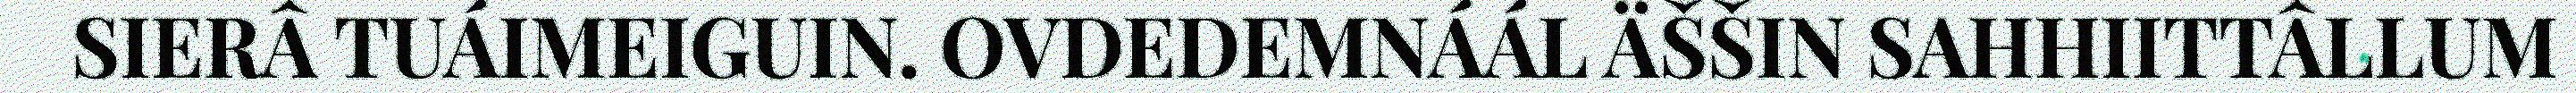
SIERÂ TUÁIMEIGUIN. OVDEDEMNÁÁL ÄŠŠIN SAHHIITTÂLLUM